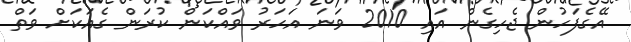
އޭގެފަހުން ޖެހިގެން އައި 2010 ވަނަ އަހަރު ވައްކަން ކުރަން ގެއަކަށް ވަތް